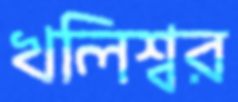
খলিশ্বর